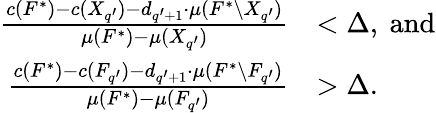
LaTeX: \begin{array}{rl}{\frac{c(F^{*})-c(X_{q^{\prime}})-d_{q^{\prime}+1}\cdot\mu(F^{*}\setminus X_{q^{\prime}})}{\mu(F^{*})-\mu(X_{q^{\prime}})}}&{<\Delta,\ \mathrm{and}}\\ {\frac{c(F^{*})-c(F_{q^{\prime}})-d_{q^{\prime}+1}\cdot\mu(F^{*}\setminus F_{q^{\prime}})}{\mu(F^{*})-\mu(F_{q^{\prime}})}}&{>\Delta.}\end{array}